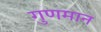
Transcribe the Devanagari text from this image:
गुणमान